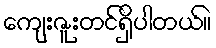
ကျေးဇူးတင်ရှိပါတယ်။